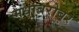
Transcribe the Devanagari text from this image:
मधाबरोबर